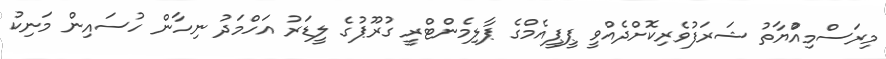
މިރަސްމިއްުޔާތު ޝަރަފުވެރިކޮށްދެއްވީ ޕީޕީއެމްގެ ޕާލިމެންޓްރީ ގުރޫޕުގެ ލީޑަރު އަހްމަދު ނިހާން ހުސައިން މަނިކު